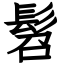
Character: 髫